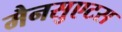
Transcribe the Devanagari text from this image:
मैनसुएटस